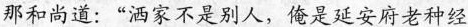
那和尚道：“洒家不是别人，俺是延安府老种经